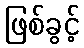
ဖြစ်ခွင့်